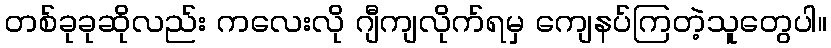
တစ်ခုခုဆိုလည်း ကလေးလို ဂျီကျလိုက်ရမှ ကျေနပ်ကြတဲ့သူတွေပါ။